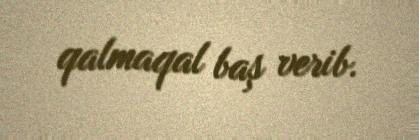
qalmaqal baş verib.